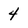
Character: 4